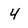
Character: 4